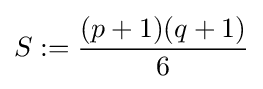
S:={\frac {(p+1)(q+1)}{6}}